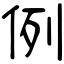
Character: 例